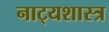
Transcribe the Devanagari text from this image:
नाट्‍यशास्त्र